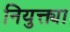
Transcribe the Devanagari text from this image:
नियुक्त्या